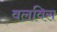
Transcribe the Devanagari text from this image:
वलविस